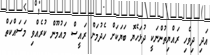
އަދި ދިވެހި ރައްޔިތުންނަކީ ދުޅަހެޔޮ ބަޔަކަށް ހެދުމަށް ރައީސް މައުމޫން ކުރެއްވި މަސައްކަތް